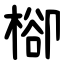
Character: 㮝